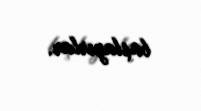
başlayırlar.